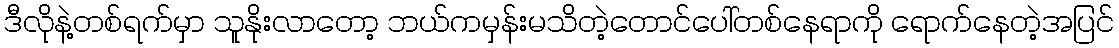
ဒီလိုနဲ့တစ်ရက်မှာ သူနိုးလာတော့ ဘယ်ကမှန်းမသိတဲ့တောင်ပေါ်တစ်နေရာကို ရောက်နေတဲ့အပြင်